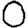
Digit: 0